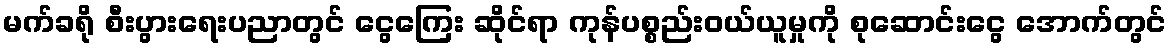
မက်ခရို စီးပွားရေးပညာတွင် ငွေကြေး ဆိုင်ရာ ကုန်ပစ္စည်းဝယ်ယူမှုကို စုဆောင်းငွေ အောက်တွင်